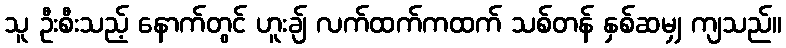
သူ ဦးစီးသည့် နောက်တွင် ဟူးချ် လက်ထက်ကထက် သစ်တန် နှစ်ဆမျှ ကျသည်။